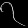
Digit: ၇